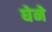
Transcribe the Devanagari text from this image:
घेने